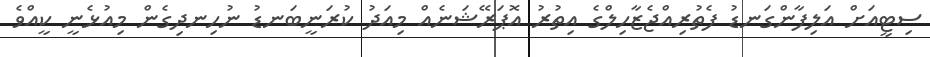
ސިޓީއަށް އަލިފާންގަނޑު ފެތުރިއްޖެޒާހިލްގެ އިތުރު އޮޕަރޭޝަނެއް މިއަދު ކުރަނީބަނޑު ނުހިނދިގެން މިއުޅެނީ ކީއްވެ